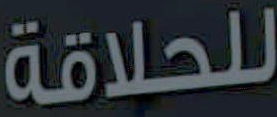
للحلاقة